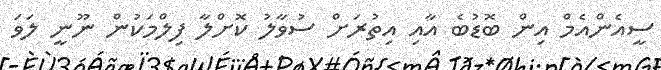
ސީއެންއެމް އިން ބޮޑުބެ އާއި އިތުރަށް ސުވާލު ކޮށްލާ ފިލްމަކުން ނޫނީ ލަވަ